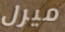
ميرل